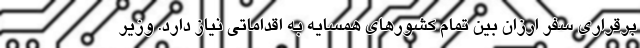
برقراری سفر ارزان بین تمام کشورهای همسایه به اقداماتی نیاز دارد. وزیر